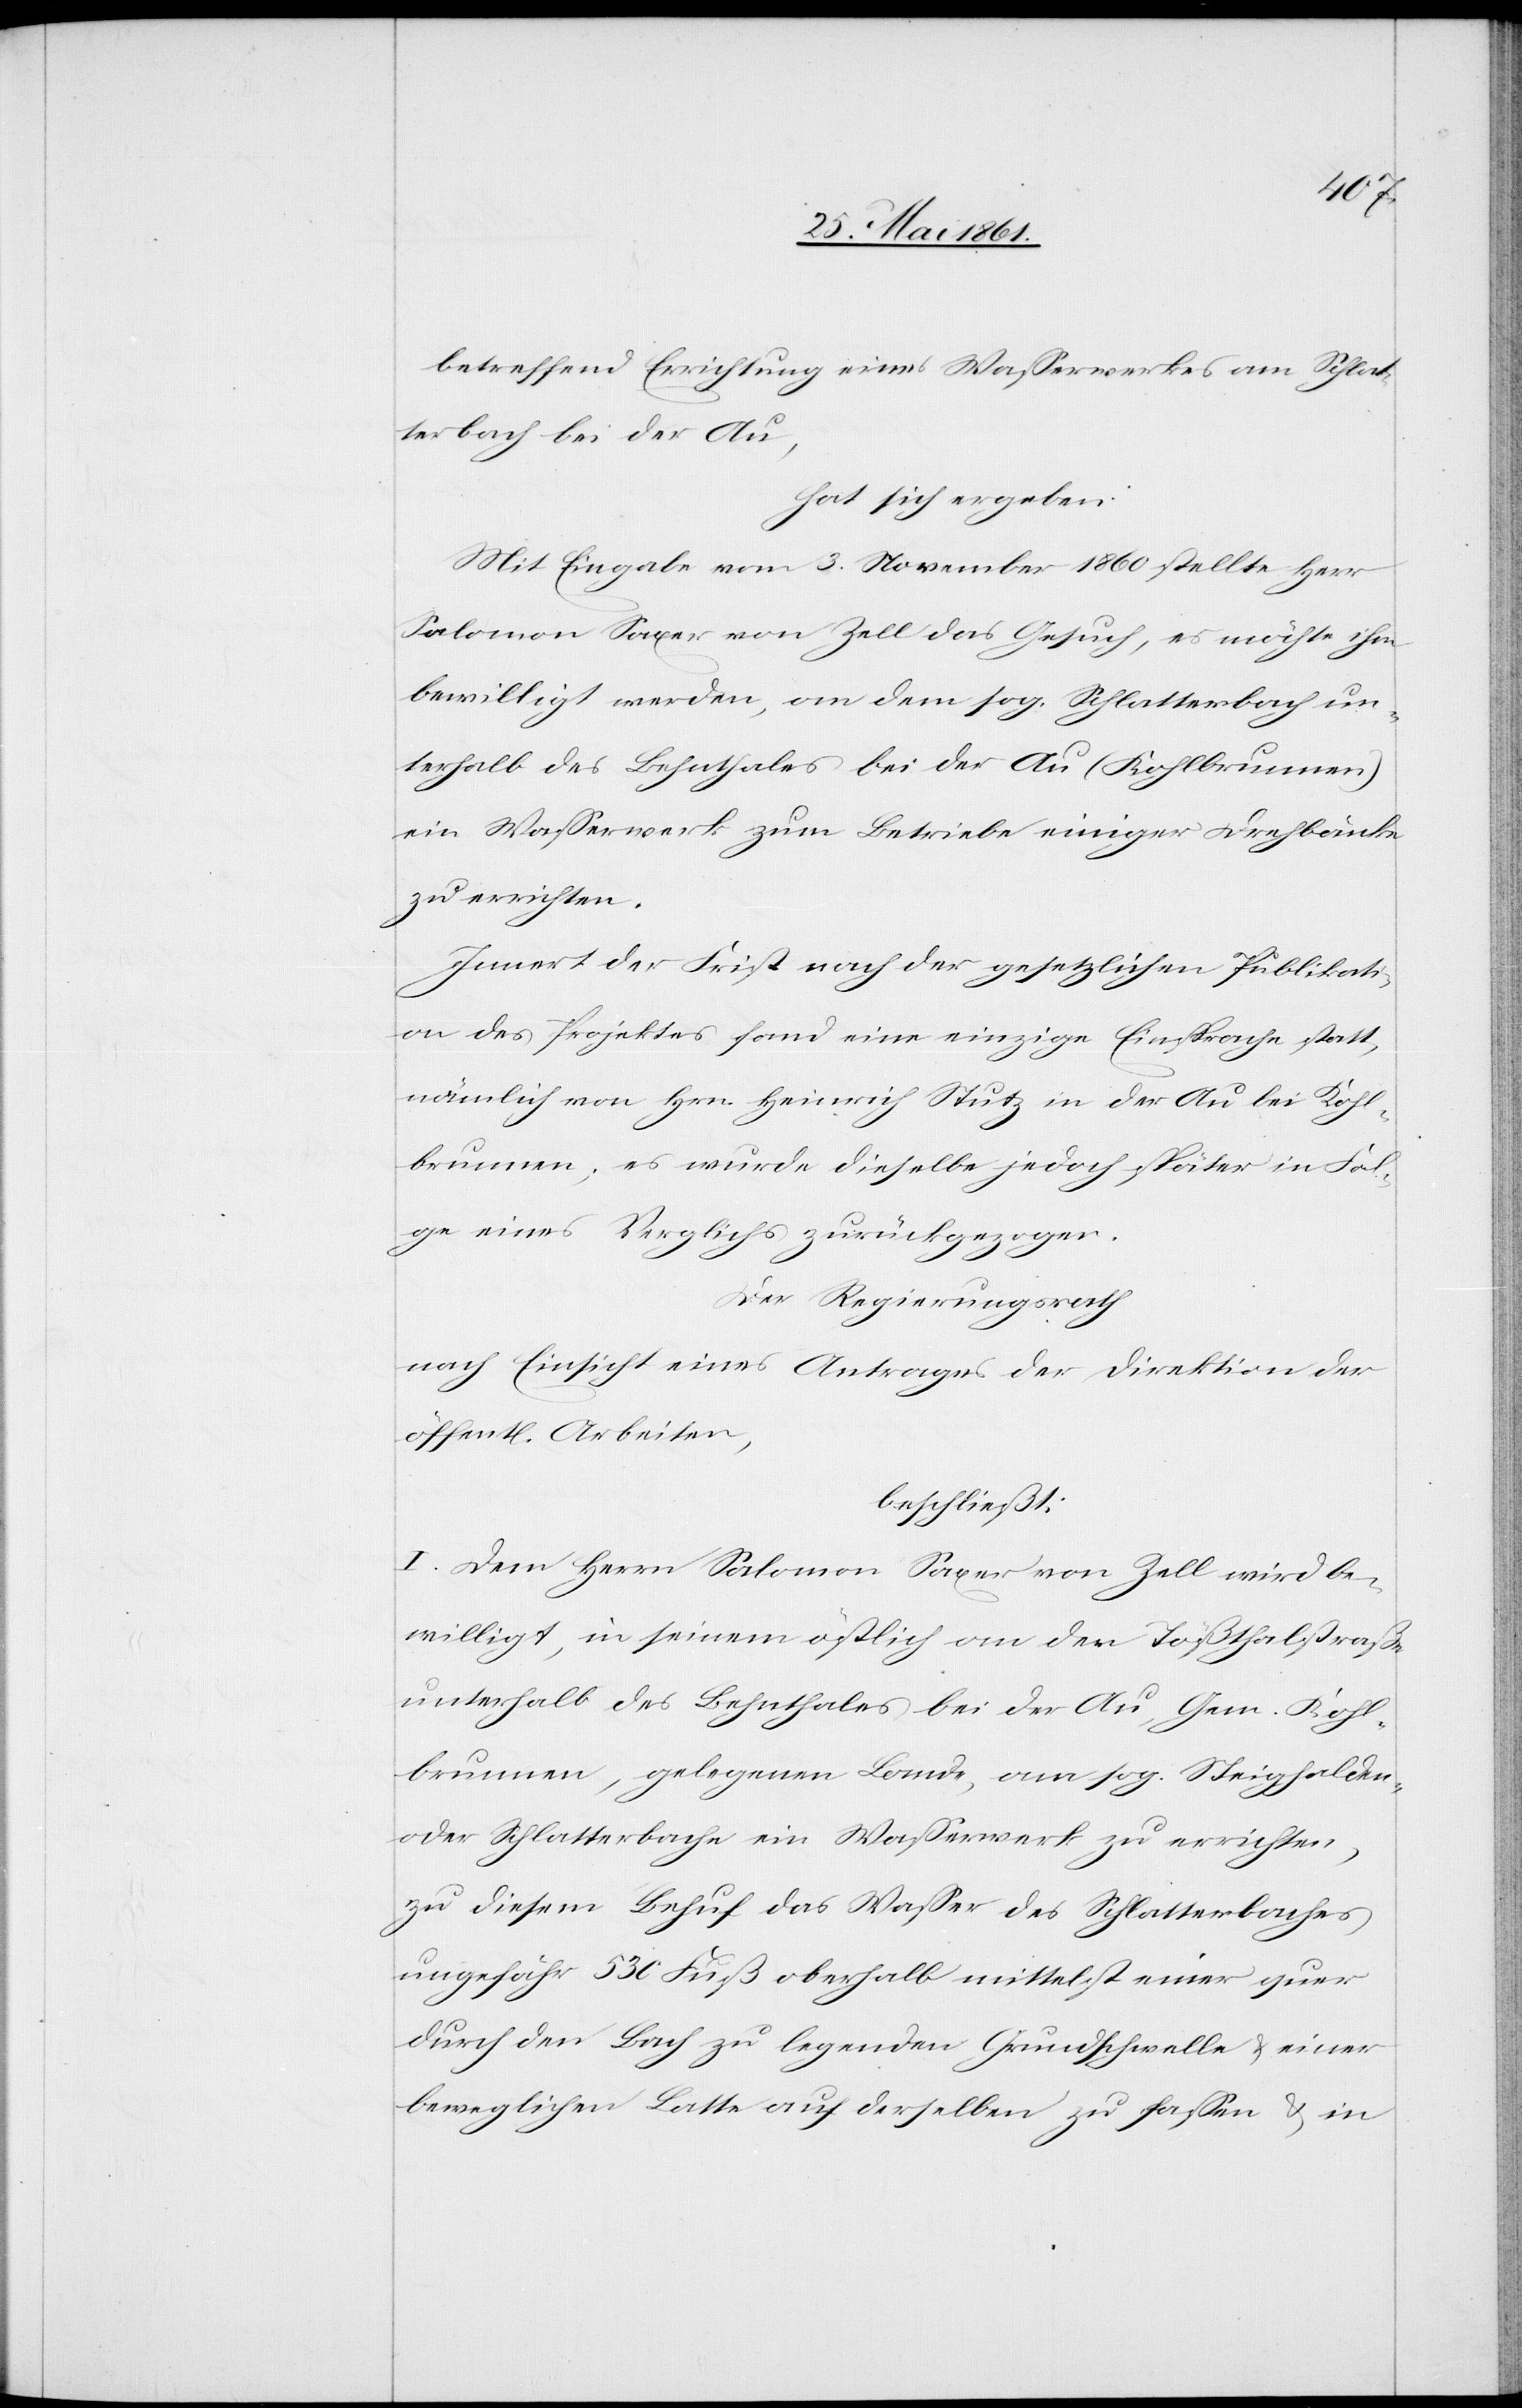
betreffend Errichtung eines Wasserwerkes am Schlat¬
terbach bei der Au,
hat sich ergeben:
Mit Eingabe vom 3. November 1860 stellt Herr
Salomon Saxer von Zell das Gesuch, es möchte ihm
bewilligt werden, an dem sog. Schlatterbach un¬
terhalb des Lehnthales bei der Au (Kohlbrunnen)
ein Wasserwerk zum Betriebe einiger Drehbänke
zu errichten.
Innert der Frist nach der gesetzlichen Publikati¬
on des Projektes fand eine einzige Einsprache statt,
nämlich von Hrn. Heinrich Stutz in der Au bei Kohl¬
brunnen; es wurde dieselbe jedoch später in Fol¬
ge eines Verglichs zurückgezogen.
Der Regierungsrath
nach Einsicht eines Antrages der Direktion der
öffent[lichen] Arbeiten,
beschließt:
I. Dem Herrn Salomon Saxer von Zell wird be¬
willigt, in seinem östlich an der Tößthalstraße
unterhalb des Lehnthales bei der Au, Gem. Kohl¬
brunnen, gelegenen Lande, am sog. Steighalden-
oder Schlatterbache ein Wasserwerk zu errichten,
zu diesem Behuf das Wasser des Schlatterbaches
ungefähr 530 Fuß oberhalb mittelst einer quer
durch den Bach zu legenden Grundschwelle u. einer
beweglichen Latte auf derselben zu fassen u. in